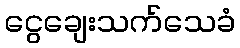
ငွေချေးသက်သေခံ